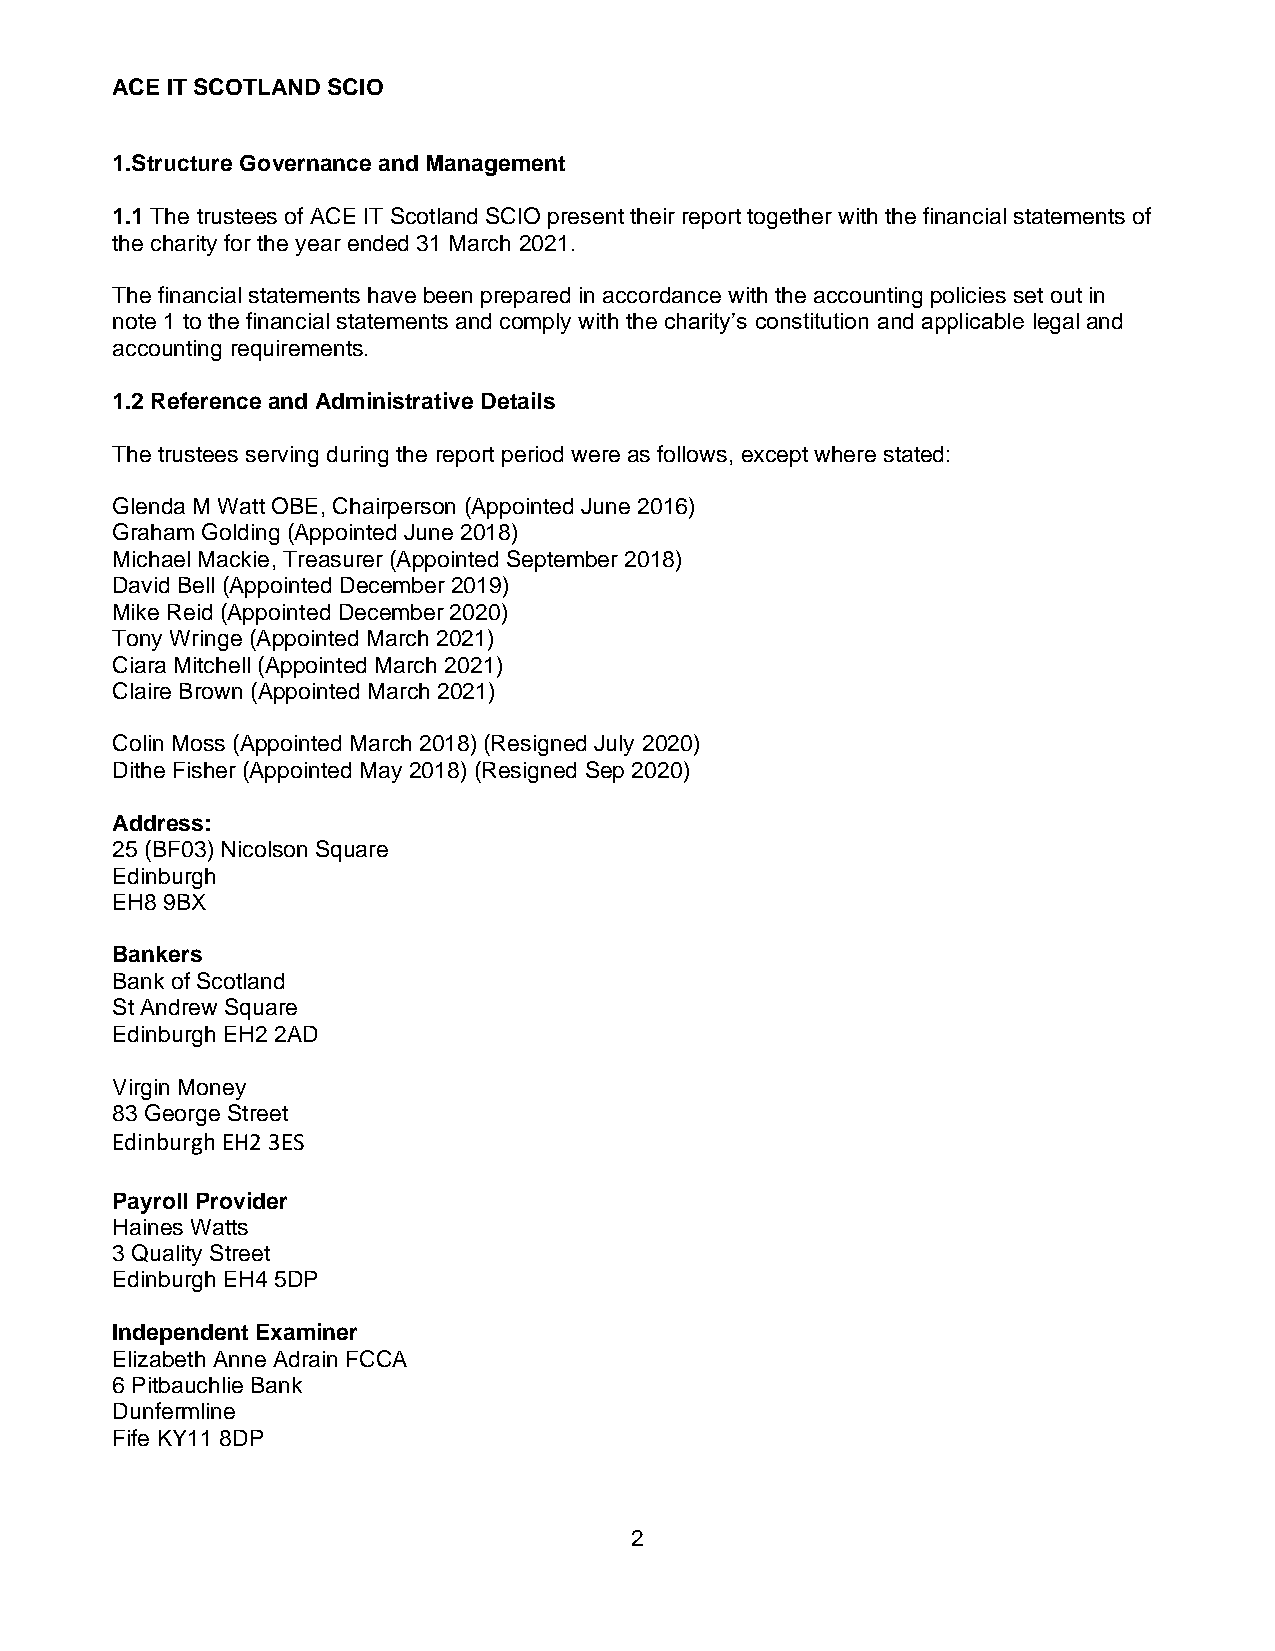
ACE IT SCOTLAND SCIO
 1.Structure Governance and Management
 1.1 The trustees of ACE IT Scotland SCIO present their report together with the financial statements of
 the charity for the year ended 31 March 2021.
 The financial statements have been prepared in accordance with the accounting policies set out in
 note 1 to the financial statements and comply with the charity’s constitution and applicable legal and
 accounting requirements.
 1.2 Reference and Administrative Details
 The trustees serving during the report period were as follows, except where stated:
 Glenda M Watt OBE, Chairperson (Appointed June 2016)
 Graham Golding (Appointed June 2018)
 Michael Mackie, Treasurer (Appointed September 2018)
 David Bell (Appointed December 2019)
 Mike Reid (Appointed December 2020)
 Tony Wringe (Appointed March 2021)
 Ciara Mitchell (Appointed March 2021)
 Claire Brown (Appointed March 2021)
 Colin Moss (Appointed March 2018) (Resigned July 2020)
 Dithe Fisher (Appointed May 2018) (Resigned Sep 2020)
 Address:
 25 (BF03) Nicolson Square
 Edinburgh
 EH8 9BX
 Bankers
 Bank of Scotland
 St Andrew Square
 Edinburgh EH2 2AD
 Virgin Money
 83 George Street
 Edinburgh EH2 3ES
 Payroll Provider
 Haines Watts
 3 Quality Street
 Edinburgh EH4 5DP
 Independent Examiner
 Elizabeth Anne Adrain FCCA
 6 Pitbauchlie Bank
 Dunfermline
 Fife KY11 8DP
 2